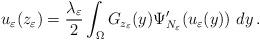
LaTeX: \begin{align*}u_\varepsilon(z_\varepsilon)=\frac{\lambda_\varepsilon}{2}\int_\Omega G_{z_\varepsilon}(y) \Psi'_{N_\varepsilon}(u_\varepsilon(y))~dy\,.\end{align*}